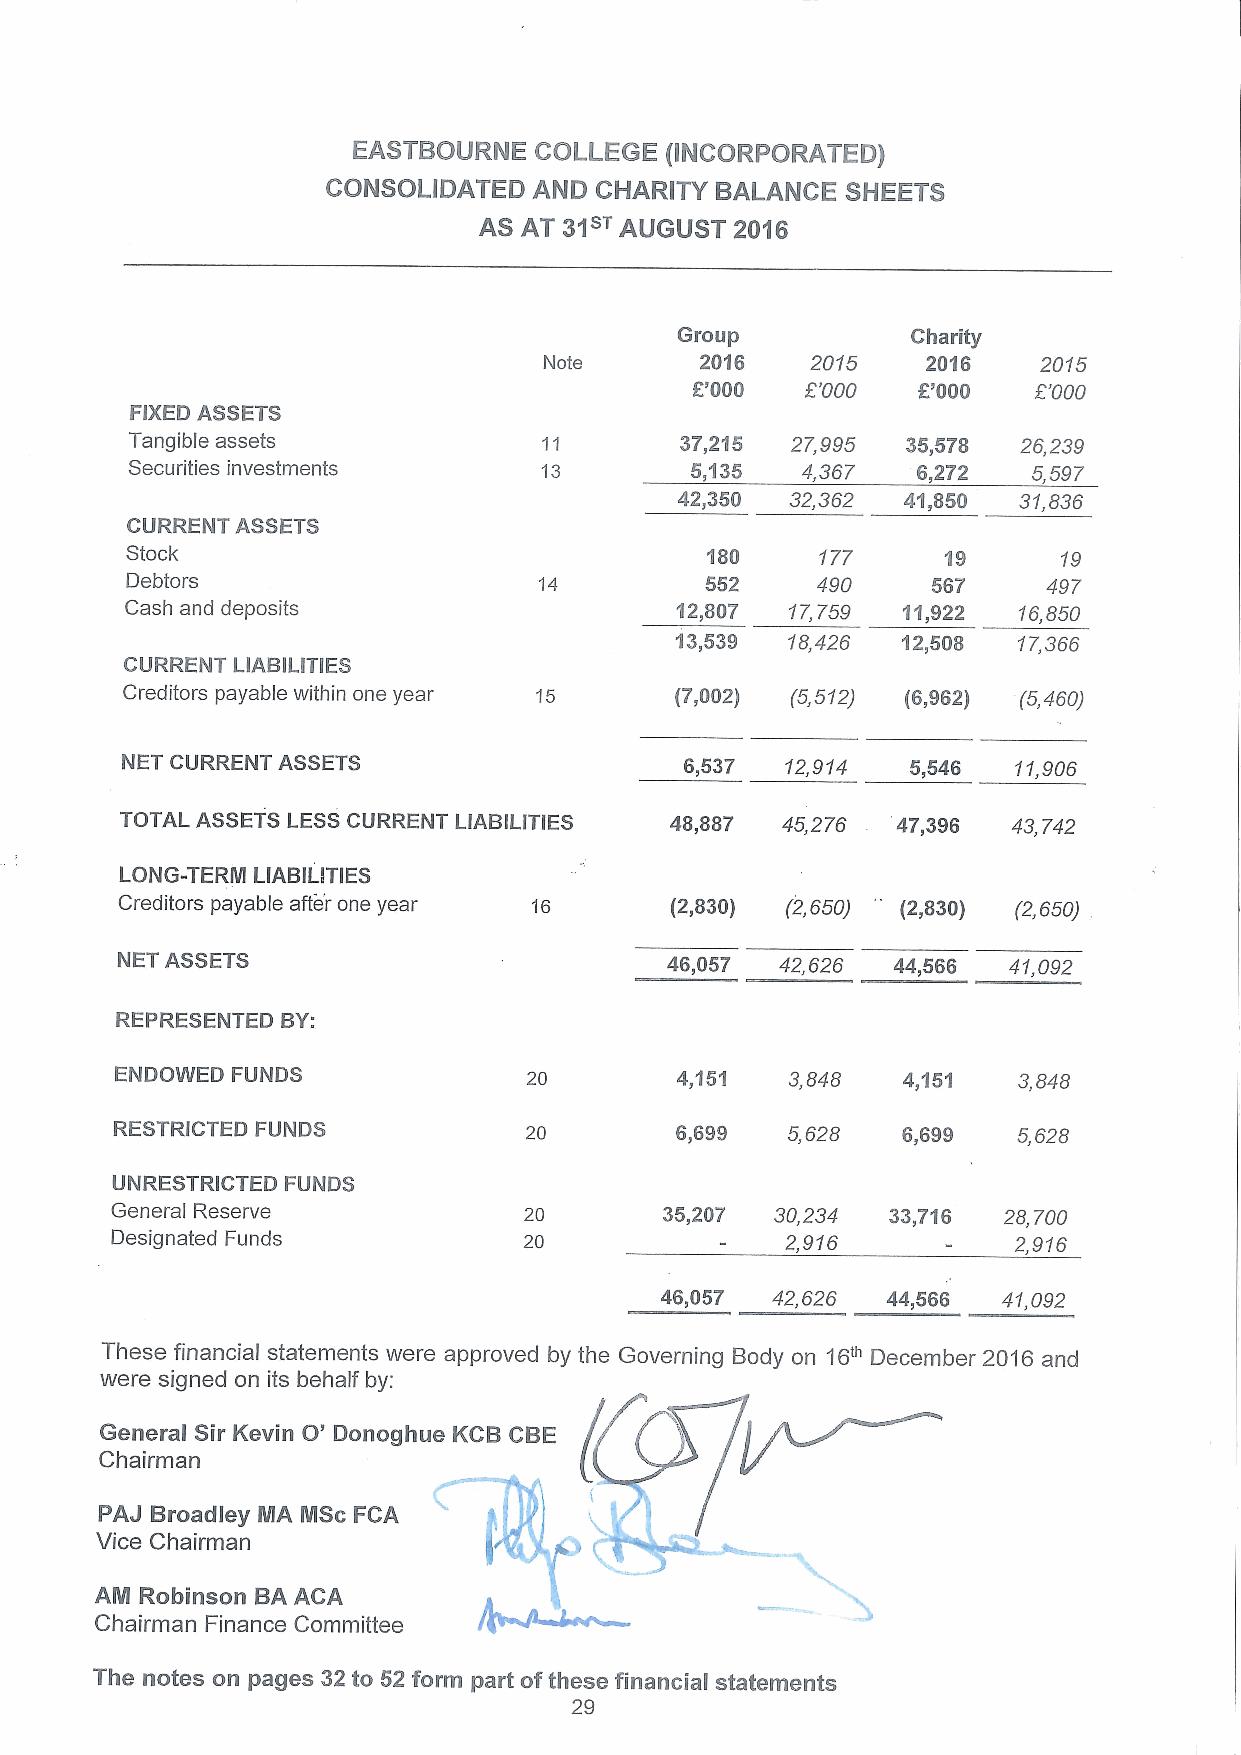
EASTBOURNE  COLLEGE  (INCORPORATED)
 CONSOLIDATED AND CHARITY BALANCE  SHEETS
 AS AT 3'lsT AUGUST 2016
 Group          Charity
 Note      2016    2015   2016    2015
 E'000  8'000   K'000  8'000
 FIXED ASSETS
 Tangible assets            11       37,215 27,995  35„578 26,239
 Securities investments      13        5,135  4,367   6,272  5,597
 42,350 32,362  41,850 31,836
 CURRENT ASSETS
 Stock                                  180    177     19      19
 Debtors                     14         552    490     567    497
 Cash and deposits                    12,807 17,759  11,922 16,850
 13,539 18,426  12,508 17,366
 CURRENT LIABILITIES
 Creditors payable within one year 15 (7,002) (5,512) (6,962) (5,460)
 NET CURRENT ASSETS                   6,537  12,914  5,546  11,906
 TOTAL ASSETS LESSCURRENT LIABILITIES 48,887 45,276 47,396  43,742
 LONG-TERM LIABILITIES
 Creditors payable after one year    (2,830) (2,650) (2,830) (2,650)
 NET ASSETS                          46,057  42,626 44,566  41,092
 REPRESENTED BY:
 ENDOWED FUNDS              20        4,151  3,848   4,151  3,848
 RESTRICTED FUNDS            20        6,699  5,628   6,699  5,628
 UNRESTRICTED FUNDS
 General Reserve             20       35,207 30,234  33,716 28,700
 Designated Funds            20               2,916          2,916
 46,057 42,626  44,566 41,092
 These financial statements were approved by the Governing Body on 16'"December 2016 and
 were signed on its behalf by:
 General Sir Kevin O' Donoghue KCB CBE
 Chairman
 PAJ Broadley MA MSc FCA
 Vice Chairman
 ~J
 AM Robinson BA ACA
 I
 Chairman Finance Committee
 The notes on pages 32 to 62 form part ofthese financial statements
 29